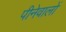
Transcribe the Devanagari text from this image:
पीनेवालों